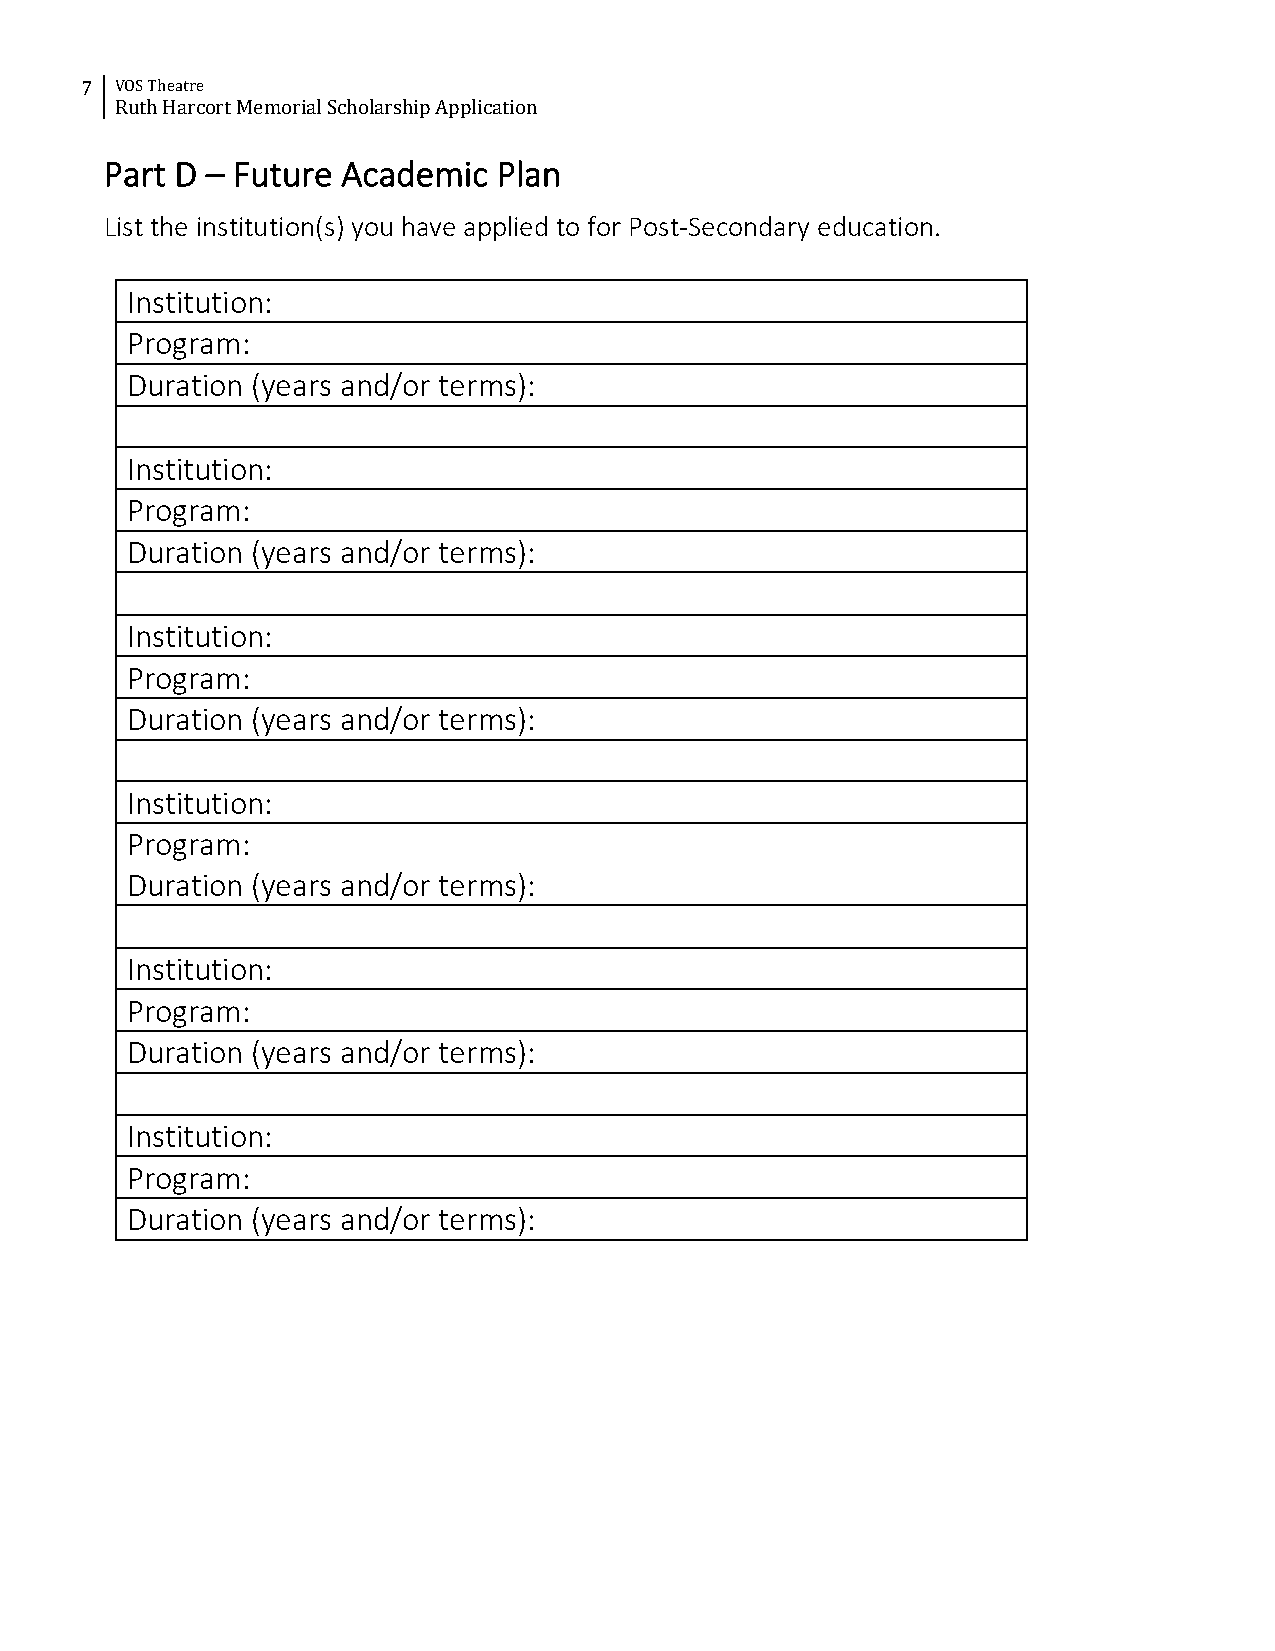
7  VOS Theatre
 Ruth Harcort Memorial Scholarship Application
 Part D – Future Academic  Plan
 List the institution(s) you have applied to for Post-Secondary education.
 Institution:
 Program:
 Duration (years and/or terms):
 Institution:
 Program:
 Duration (years and/or terms):
 Institution:
 Program:
 Duration (years and/or terms):
 Institution:
 Program:
 Duration (years and/or terms):
 Institution:
 Program:
 Duration (years and/or terms):
 Institution:
 Program:
 Duration (years and/or terms):